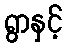
ရွာနှင့်